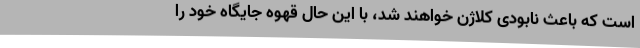
است که باعث نابودی کلاژن خواهند شد، با این حال قهوه جایگاه خود را